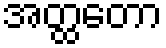
အတ္ထတော